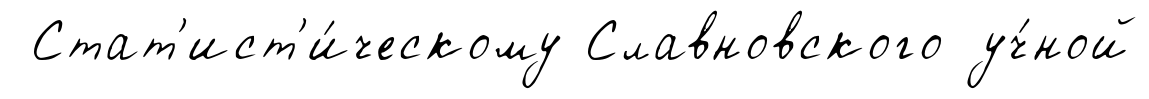
Стат'ист'и́ческому Славновского уч́ной